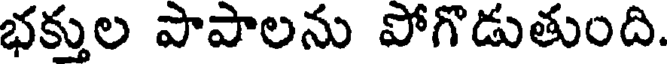
భక్తుల పాపాలను పోగొడుతుంది.